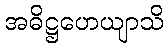
အဓိဋ္ဌဟေယျာသိ